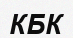
КБК